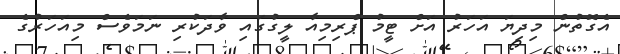
އެގޮތުން މިދިޔަ އަހަރު އަށް ޓީމު ޕްރިމިއާ ލީގުގައި ވާދަކުރި ނަމަވެސް މިއަހަރުގެ